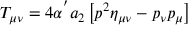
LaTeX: T _ { \mu \nu } = 4 \alpha ^ { ' } a _ { 2 } \left[ p ^ { 2 } \eta _ { \mu \nu } - p _ { \nu } p _ { \mu } \right]